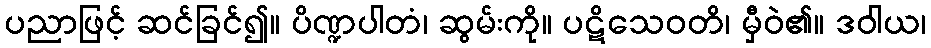
ပညာဖြင့် ဆင်ခြင်၍။ ပိဏ္ဍပါတံ၊ ဆွမ်းကို။ ပဋိသေဝတိ၊ မှီဝဲ၏။ ဒဝါယ၊